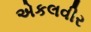
એકલવીર